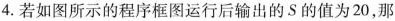
4.若如图所示的程序框图运行后输出的S的值为20，那